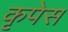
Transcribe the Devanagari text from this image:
कृपेस